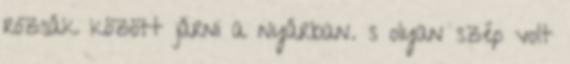
rózsák között járni a nyárban. s olyan szép volt